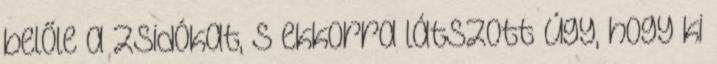
belőle a zsidókat, s ekkorra látszott úgy, hogy ki